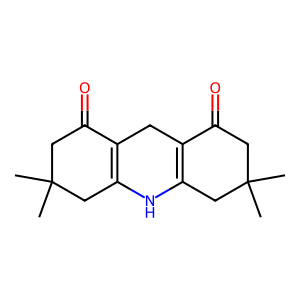
SMILES: CC1(C)CC(=O)C2=C(C1)NC1=C(C2)C(=O)CC(C)(C)C1
Inhibits HIV replication: No